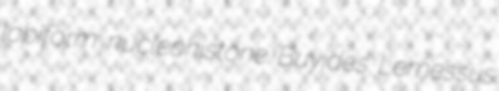
lobiform nucleohistone Buyides Lemessus